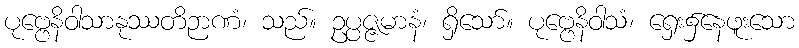
ပုဗ္ဗေနိဝါသာနုဿတိဉာဏံ၊ သည်။ ဥပ္ပဇ္ဇမာနံ၊ ရှိသော်။ ပုဗ္ဗေနိဝါသံ၊ ရှေး၌နေဖူးသော